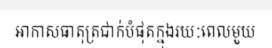
អាកាសធាតុត្រជាក់បំផុតក្នុងរយៈពេលមួយ